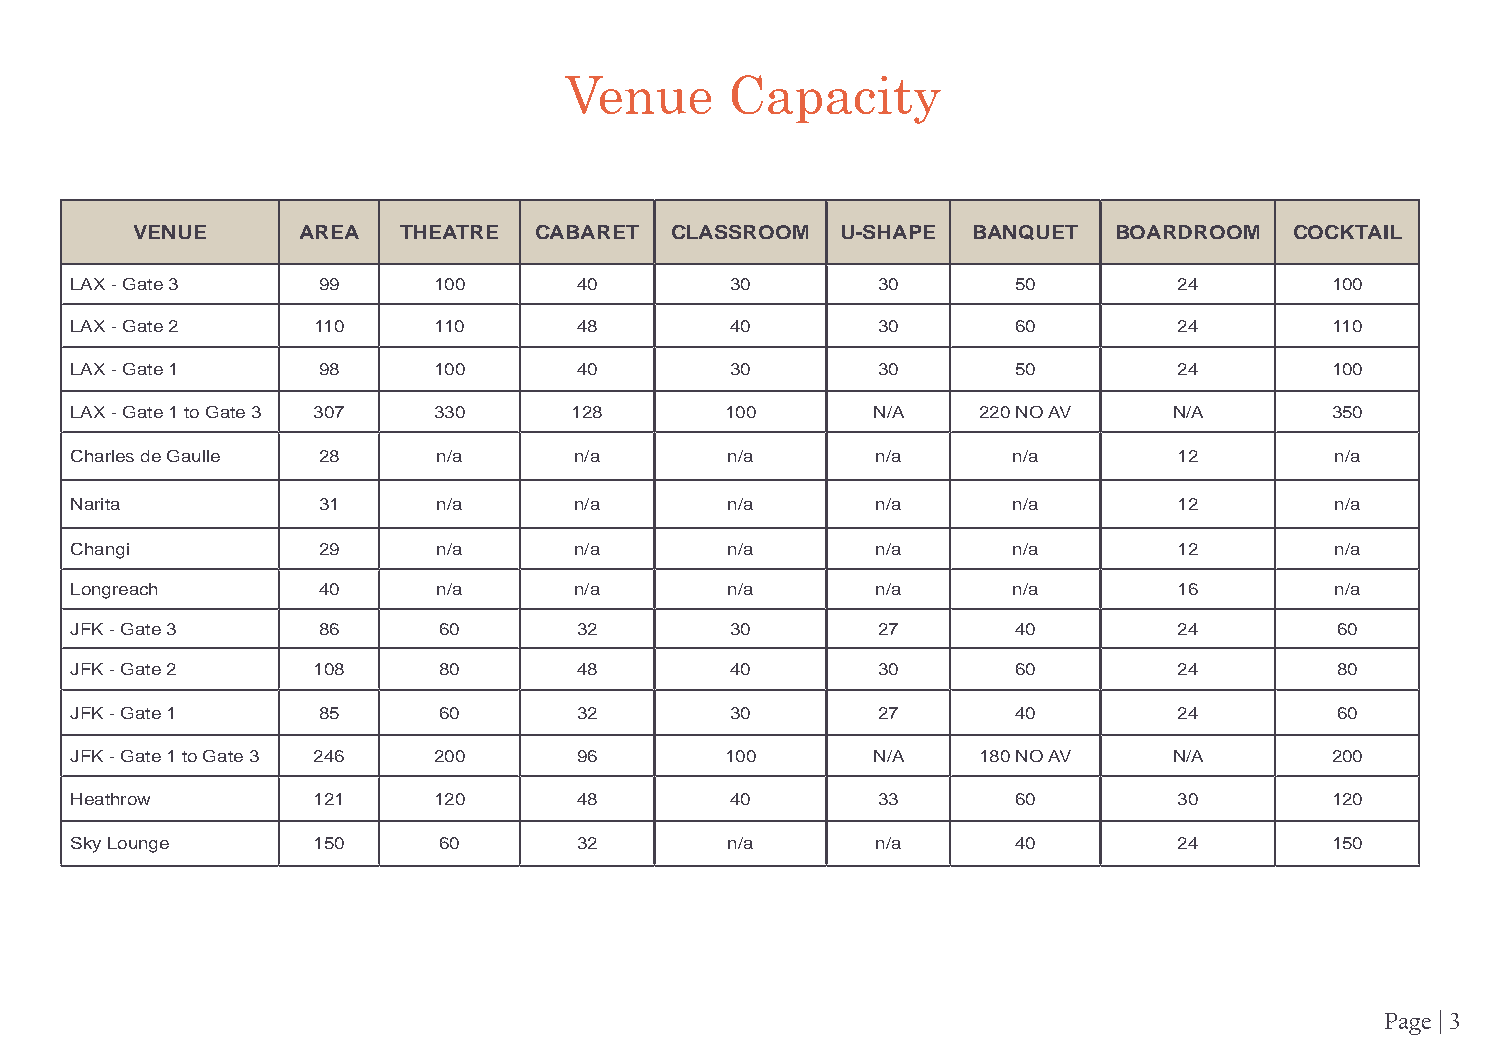
Venue      Capacity
 VENUE      AREA  THEATRE  CABARET  CLASSROOM   U-SHAPE BANQUET   BOARDROOM   COCKTAIL
 LAX - Gate 3    99      100      40        30        30       50         24        100
 LAX - Gate 2    110     110      48        40        30       60         24        110
 LAX - Gate 1    98      100      40        30        30       50         24        100
 LAX - Gate 1 to Gate 3 307 330   128       100       N/A    220 NO AV    N/A       350
 Charles de Gaulle 28    n/a      n/a       n/a       n/a      n/a        12        n/a
 Narita          31      n/a      n/a       n/a       n/a      n/a        12        n/a
 Changi          29      n/a      n/a       n/a       n/a      n/a        12        n/a
 Longreach       40      n/a      n/a       n/a       n/a      n/a        16        n/a
 JFK - Gate 3    86      60       32        30        27       40         24        60
 JFK - Gate 2    108     80       48        40        30       60         24        80
 JFK - Gate 1    85      60       32        30        27       40         24        60
 JFK - Gate 1 to Gate 3 246 200   96        100       N/A    180 NO AV    N/A       200
 Heathrow        121     120      48        40        33       60         30        120
 Sky Lounge      150     60       32        n/a       n/a      40         24        150
 Page | 3